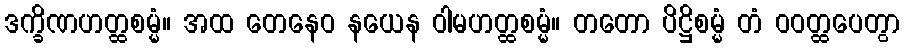
ဒက္ခိဏဟတ္ထစမ္မံ။ အထ တေနေဝ နယေန ဝါမဟတ္ထစမ္မံ။ တတော ပိဋ္ဌိစမ္မံ တံ ဝဝတ္ထပေတွာ